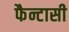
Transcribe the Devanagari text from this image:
फैन्टासी